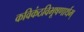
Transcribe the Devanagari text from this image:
कविकंठविभूषणार्थम्